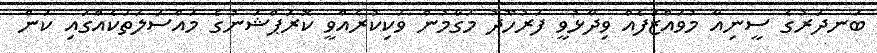
ބަނދަރުގެ ސީނިއާ މުވައްޒަފެއް ވިދާޅުވީ ފަރުހޫދު މަގާމުން ވަކިކުރެއްވީ ކޮރަޕްޝަނުގެ މައްސަލަތަކެއްގައި ކަން